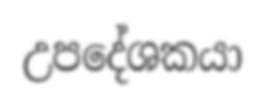
උපදේශකයා